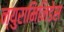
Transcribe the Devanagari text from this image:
न्युरामिनिडेस